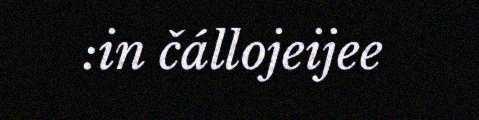
:in čállojeijee